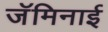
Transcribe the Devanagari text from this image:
जॅमिनाई